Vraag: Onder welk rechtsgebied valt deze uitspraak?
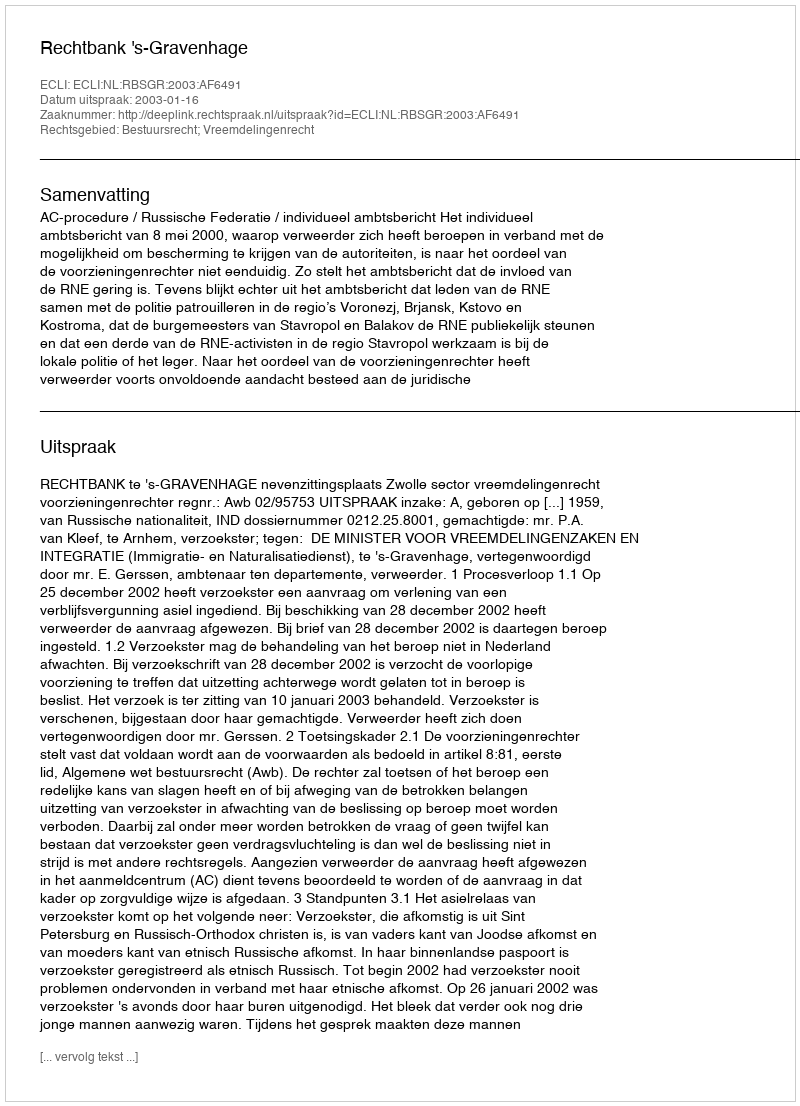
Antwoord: Bestuursrecht; Vreemdelingenrecht